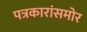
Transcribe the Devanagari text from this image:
पत्रकारांसमोर